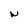
Character: w